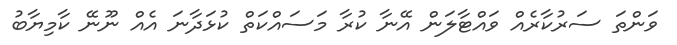
ވަންތަ ސަރުކާރެއް ވައްޓާލަން އޭނާ ކުރާ މަސައްކަތް ކުޅަދާނަ އެއް ނޫނޭ ކާމިޔާބު